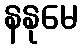
နနုမေ